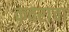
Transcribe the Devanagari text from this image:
कवराचा